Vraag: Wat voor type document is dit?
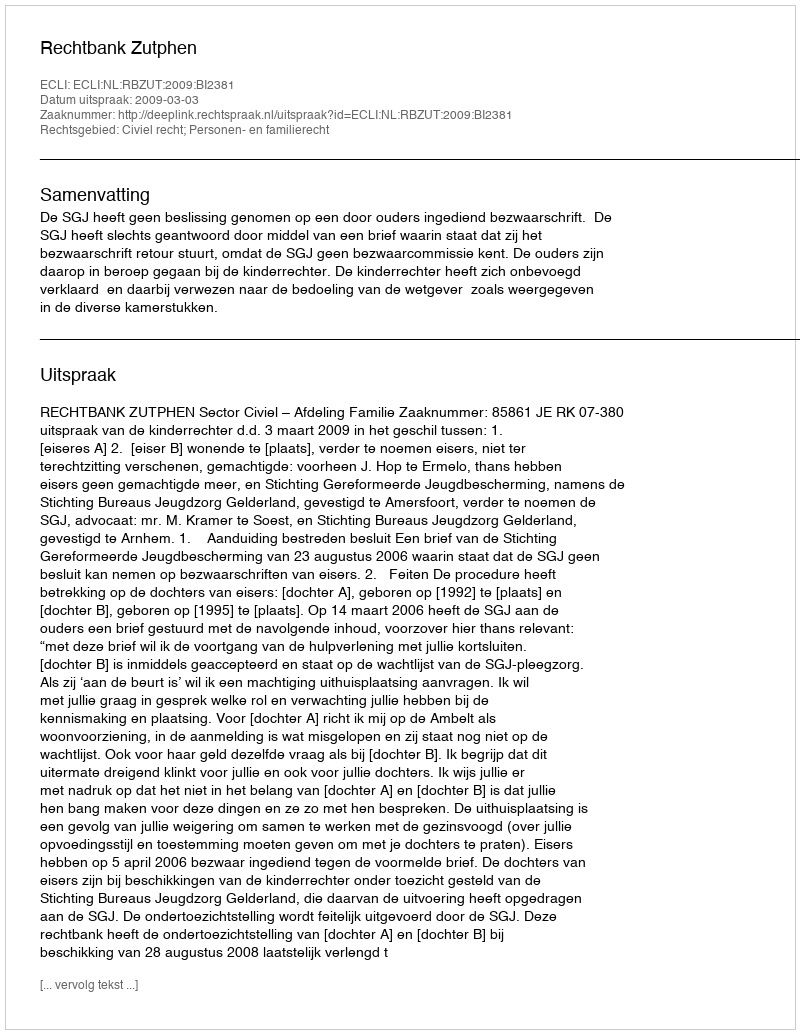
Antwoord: Uitspraak